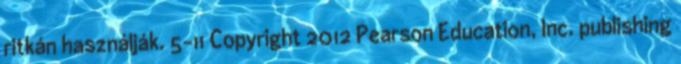
ritkán használják. 5-11 Copyright 2012 Pearson Education, Inc. publishing